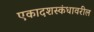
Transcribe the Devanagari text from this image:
एकादशस्कंधावरील